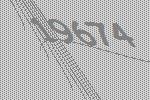
19674